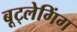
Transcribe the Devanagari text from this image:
बूट्लेगिंग